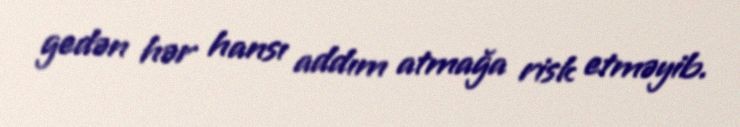
gedən hər hansı addım atmağa risk etməyib.